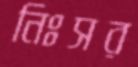
নিঃসর